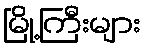
မြို့ကြီးများ